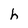
Character: h